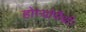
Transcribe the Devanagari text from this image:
होम्योपैथी।